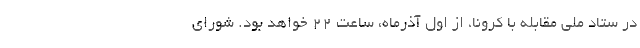
در ستاد ملی مقابله با کرونا، از اول آذرماه، ساعت ٢٢ خواهد بود. شورای